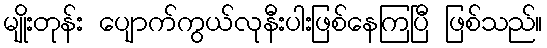
မျိုးတုန်း ပျောက်ကွယ်လုနီးပါးဖြစ်နေကြပြီ ဖြစ်သည်။